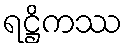
ရဋ္ဌိကဿ